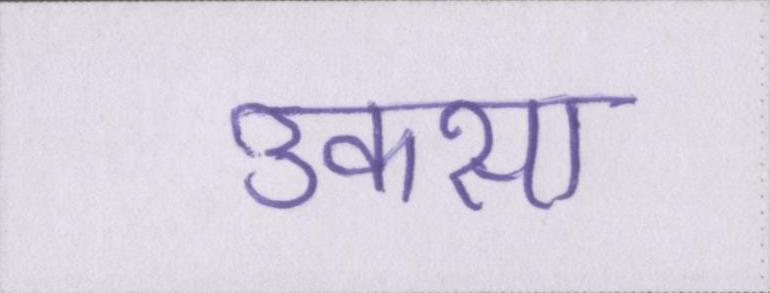
उकसा